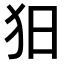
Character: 𤝍